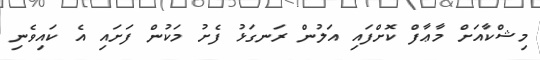
މިޝްކާއަށް މާޢާފް ކޮށްފައި އަލުން ރަނގަޅު ފެށު މަކުން ފަށައި އެ ކައިވެނި